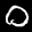
Label: 0